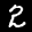
Label: 2